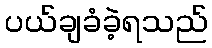
ပယ်ချခံခဲ့ရသည်